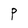
Character: P